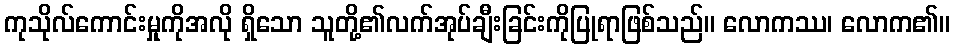
ကုသိုလ်ကောင်းမှုကိုအလို ရှိသော သူတို့၏လက်အုပ်ချီးခြင်းကိုပြုရာဖြစ်သည်။ လောကဿ၊ လောက၏။